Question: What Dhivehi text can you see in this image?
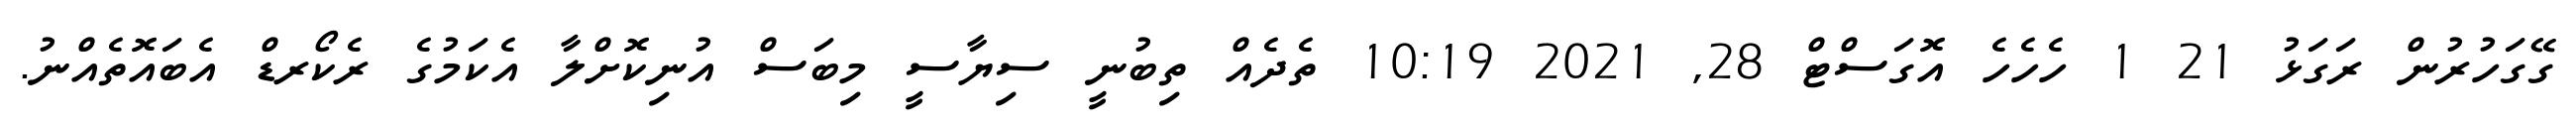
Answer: ގޭގަހުރުން ރަގަޅު 21 1 ހެހެހެ އޮގަސްޓް 28, 2021 10:19 ތެދެއް ތިބުނީ ސިޔާސީ މިބަސް އުނިކޮށްލާ އެކަމުގެ ރެކޯރޑް އެބައޮތެއްނު.